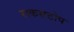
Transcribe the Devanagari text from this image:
राकसटोप